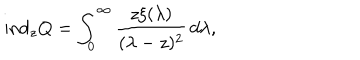
LaTeX: \mathrm { i n d } _ { z } Q = \int _ { 0 } ^ { \infty } \frac { z \xi ( \lambda ) } { ( \lambda - z ) ^ { 2 } } \, d \lambda ,